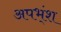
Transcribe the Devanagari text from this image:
अपभ्ंश